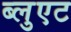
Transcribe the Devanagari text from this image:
ब्लुएट